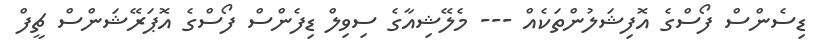
ޑިސެންސް ފޯސްގެ އޮފިޝަލުންތަކެއް --- މެލޭޝިއާގެ ސިވިލް ޑިފެންސް ފޯސްގެ އޮޕަރޭޝަންސް ޗީފް